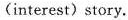
(interest)story.